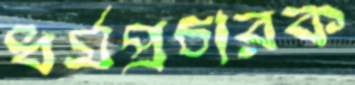
ধর্মপ্রচারক